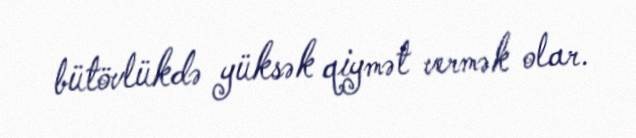
bütövlükdə yüksək qiymət vermək olar.